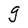
Character: g